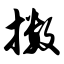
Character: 擞